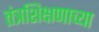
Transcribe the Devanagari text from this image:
तंत्रशिक्षणाच्या